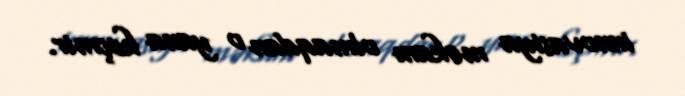
innovasiya məkanı olmaqdan o yana keçmir.